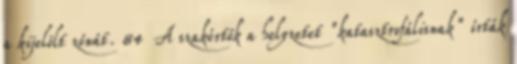
a kijelölt zónát. 84 A szakértők a helyzetet "katasztrofálisnak" írták